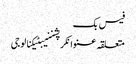
فیس بک
متعلقہ عنوانکرپشننیبٹیکنالوجی